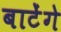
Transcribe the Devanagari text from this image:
बाटेंगे